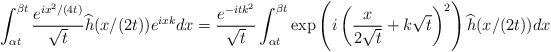
LaTeX: \begin{align*}\int_{\alpha t}^{\beta t}\frac{e^{ix^2/(4t)}}{\sqrt t}\widehat h(x/(2t))e^{ixk}dx=\frac{e^{-itk^2}}{\sqrt t}\int_{\alpha t}^{\beta t}\exp\left(i\left( \frac{x}{2\sqrt t}+k\sqrt t \right)^2 \right)\widehat h(x/(2t))dx\end{align*}